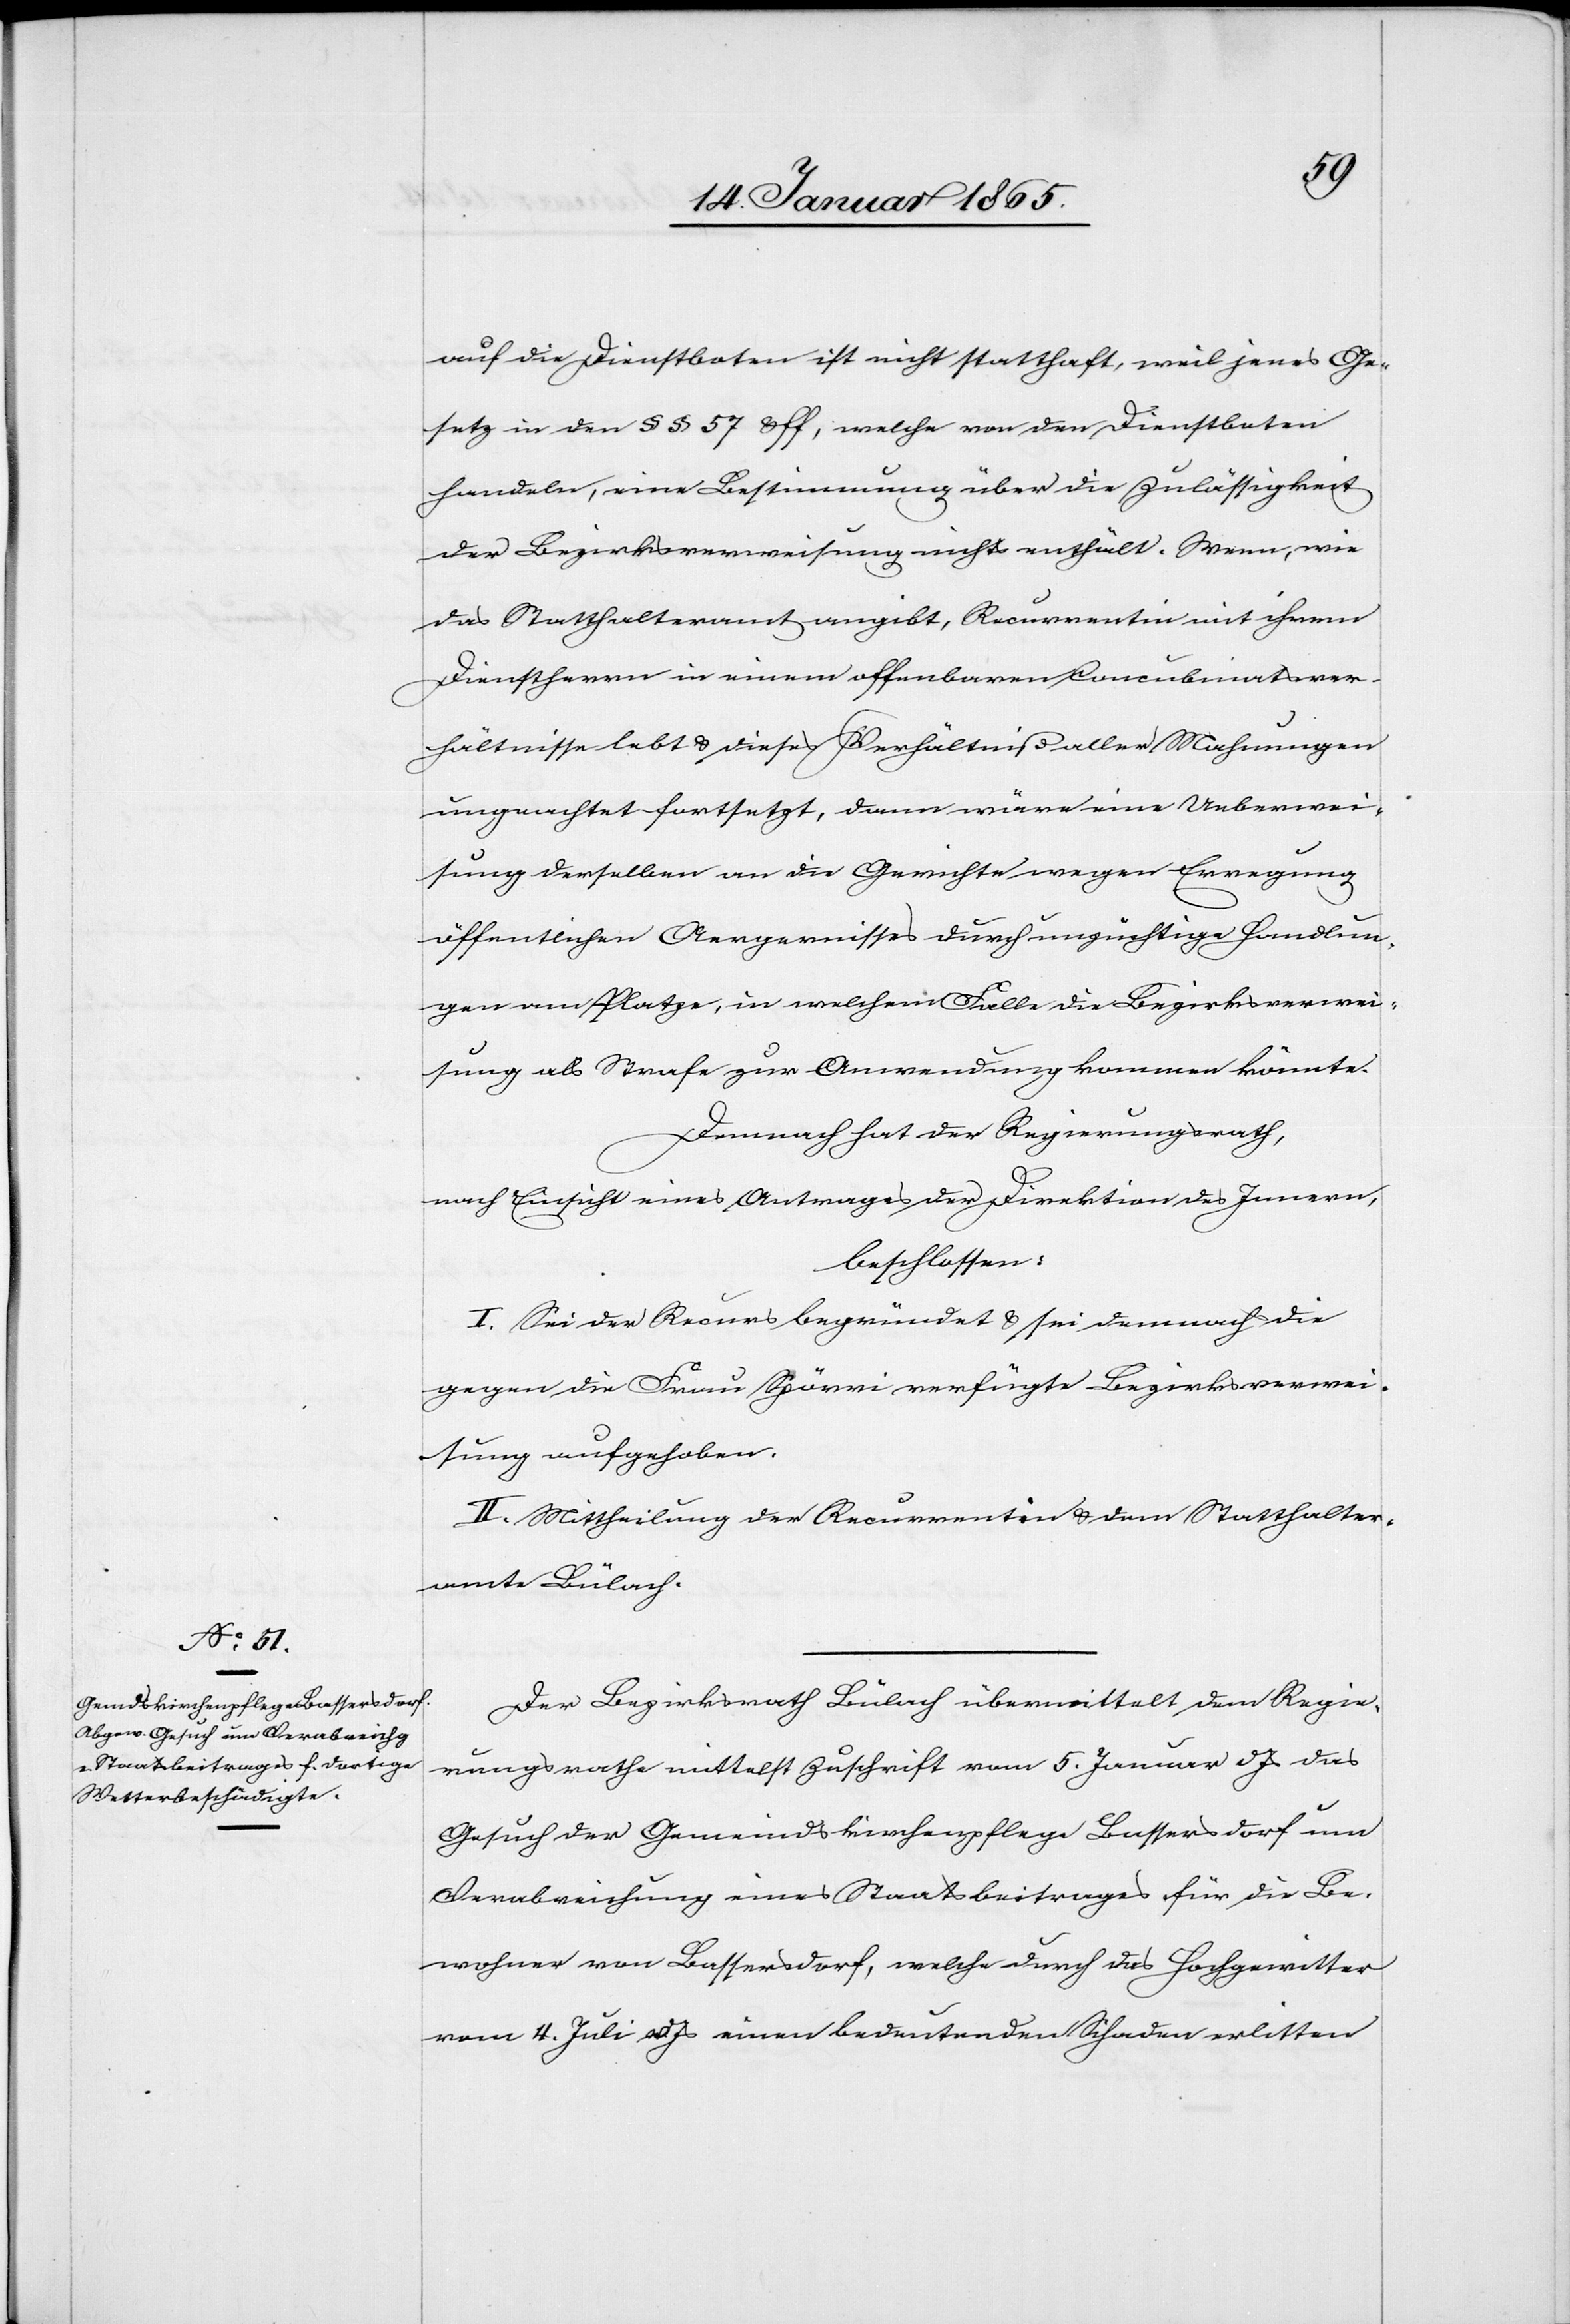
auf die Dienstboten ist nicht statthaft, weil jenes Ge¬
setz in den § § 57 u ff, welche von den Dienstboten
handeln, eine Bestimmung über die Zulässigkeit
der Bezirksverweisung nichts enthält. Wenn, wie
das Statthalteramt angibt, Recurrentin mit ihrem
Dienstherrn in einem offenbaren Concubinatsver¬
hältnisse lebt u. dieses Verhältniß aller Mahnungen
ungeachtet fortsetzt, dann wäre eine Ueberwei¬
sung derselben an die Gerichte wegen Erregung
öffentlichen Aergernisses durch unzüchtige Handlun¬
gen am Platze, in welchem Falle die Bezirksverwei¬
sung als Strafe zur Anwendung kommen könnte.
Demnach hat der Regierungsrath,
nach Einsicht eines Antrages der Direktion des Innern,
beschlossen:
I. Sei der Recurs begründet u. sei demnach die
gegen die Frau Spörri verfügte Bezirksverwei¬
sung aufgehoben.
II. Mittheilung der Recurrentin u. dem Statthalter¬
amte Bülach.
Der Bezirksrath Bülach übermittelt dem Regie¬
rungsrathe mittelst Zuschrift vom 5. Januar d Js das
Gesuch der Gemeindskirchenpflege Bassersdorf um
Verabreichung eines Staatsbeitrages für die Be¬
wohner von Bassersdorf, welche durch das Hochgewitter
vom 4. Juli v Js einen bedeutenden Schaden erlitten